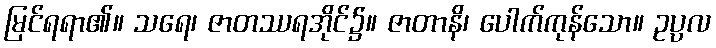
မြင်ရရာ၏။ သရေ၊ ဇာတဿရအိုင်၌။ ဇာတာနိ၊ ပေါက်ကုန်သော။ ဥပ္ပလ